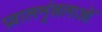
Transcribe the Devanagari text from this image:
प्रवालशृंखलाओं